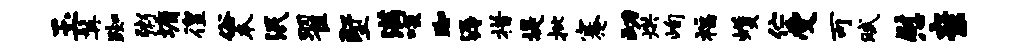
玉髯踟粥墉徨俗本泯翟墅满啖踟溽措堤批蹇动烘峋福蠖伫受可赋慰亲